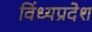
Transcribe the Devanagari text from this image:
विंध्यप्रदेश